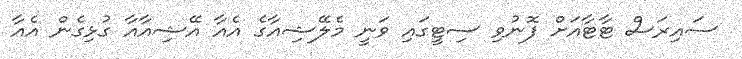
ސައިރަސް ޓާޓާއަށް ފޮނުވި ސިޓީގައި ވަނީ މެލޭޝިއާގެ އެއާ އޭޝިއާއާ ގުޅިގެން އެއާ